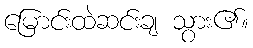
မြောင်းထဲဆင်းချ သွား၏။